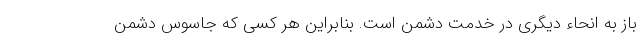
باز به انحاء دیگری در خدمت دشمن است. بنابراین هر کسی که جاسوس دشمن